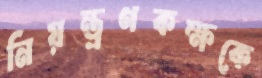
নিয়ন্ত্রণকক্ষকে